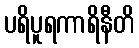
ပရိပူရကာရိနီတိ